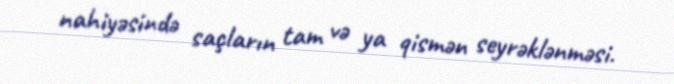
nahiyəsində saçların tam və ya qismən seyrəklənməsi.